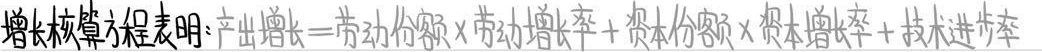
增长核算方程表明：产出增长 = 劳动份额×劳动增长率+资本份额×资本增长率+技术进步率